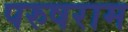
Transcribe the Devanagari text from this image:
परुषराम